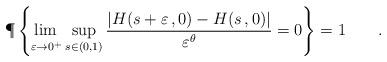
LaTeX: \begin{align*}\P\left\{\adjustlimits\lim_{\varepsilon\to0^+}\sup_{s\in(0,1)}\frac{|H(s+\varepsilon\,,0) - H(s\,,0)|}{\varepsilon^{\theta}}=0\right\}=1\qquad.\end{align*}